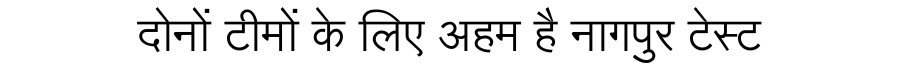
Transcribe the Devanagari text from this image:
दोनों टीमों के लिए अहम है नागपुर टेस्ट